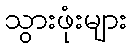
သွားဖုံးများ